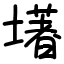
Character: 墸